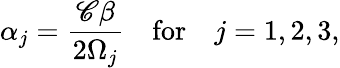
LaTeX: \alpha_{j}=\frac{\mathscr{C}\beta}{2\Omega_{j}}\quad\mathrm{for}\quad j=1,2,3,